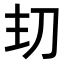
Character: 𭃌